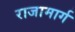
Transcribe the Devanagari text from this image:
राजामार्ग